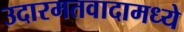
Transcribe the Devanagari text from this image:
उदारमतवादामध्ये